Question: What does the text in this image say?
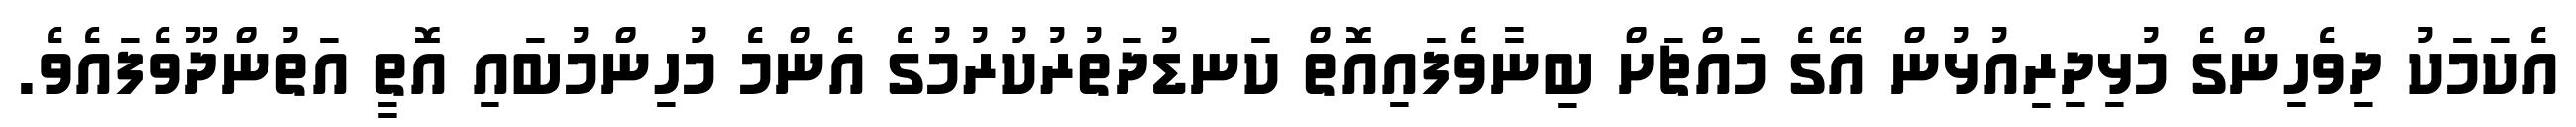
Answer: އެކަމަކު ދިވެހިންގެ މުޅިދިރިއުޅުން އޭގެ މައްޗަށް ބިނާވެފައިއޮތް ކަނޑުދަތުރުކުރުމުގެ އެންމެ މުހިންމުބައި އޮތީ އަތުންދޫވެފައެވެ.